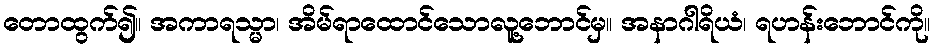
တောထွက်၍။ အကာရသ္မာ၊ အိမ်ရာထောင်သောလူ့ဘောင်မှ။ အနာဂါရိယံ၊ ရဟန်းဘောင်ကို။